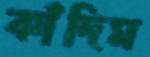
কাঁদিম